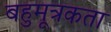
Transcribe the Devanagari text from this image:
बहुमूत्रकता